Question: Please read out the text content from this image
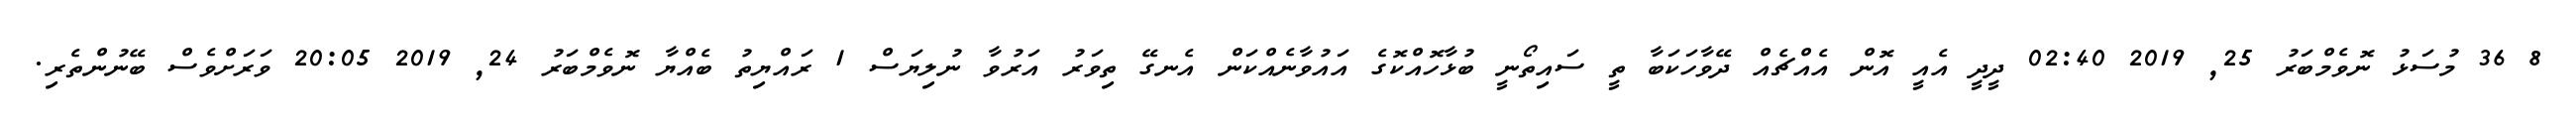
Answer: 8 36 މުސަޅު ނޮވެމްބަރު 25, 2019 02:40 ދީދީ އެއީ އޮން އެއްޗެއް ދޭވާހަކަބާ ތީ ސައިތޯނީ ބުޅާހޮއްކޮގެ އައުވާނެއްކަން އެނގޭ ތިވަރު އަރުވާ ނުލިޔަސް 1 ރައްޔިތު ބެއްޔާ ނޮވެމްބަރު 24, 2019 20:05 ވަރަށްވެސް ބޭނުންތެރި.